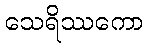
သေရိဿကော